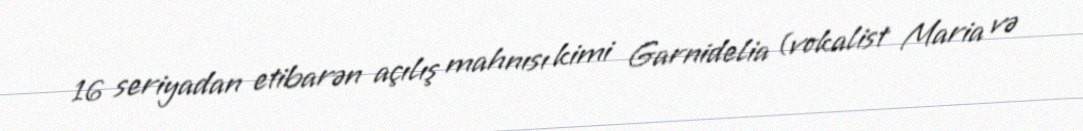
16 seriyadan etibarən açılış mahnısı kimi Garnidelia (vokalist Maria və